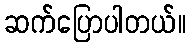
ဆက်ပြောပါတယ်။